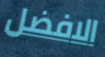
الافضل